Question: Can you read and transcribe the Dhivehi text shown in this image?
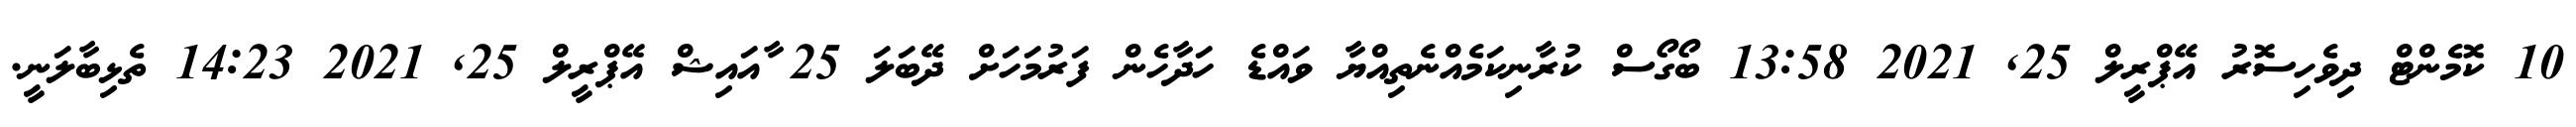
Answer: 10 ކޮމެންޓް ދިވެހިސޮރު އޭޕްރީލް 25, 2021 13:58 ބޯގޯސް ކުރާނިކަމެއްނެތިއްޔާ ވައްޑެ ހަދާހެން ފަރުމަހަށް ދޭބަލަ 25 ާއައިޝް އޭޕްރީލް 25, 2021 14:23 ތެޅިބާލަނީ.